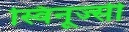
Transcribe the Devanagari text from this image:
स्विनूज्सी